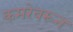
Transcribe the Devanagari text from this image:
कमरेवरून